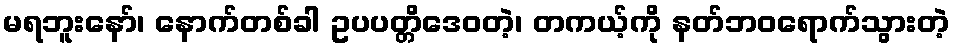
မရဘူးနော်၊ နောက်တစ်ခါ ဥပပတ္တိဒေဝတဲ့၊ တကယ့်ကို နတ်ဘဝရောက်သွားတဲ့